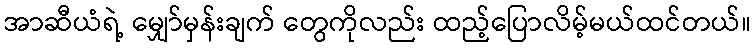
အာဆီယံရဲ့ မျှော်မှန်းချက် တွေကိုလည်း ထည့်ပြောလိမ့်မယ်ထင်တယ်။